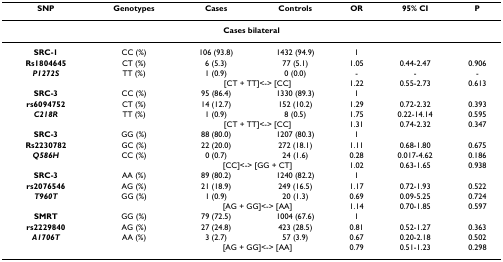
<table><thead><tr><td><b>SNP</b></td><td><b>Genotypes</b></td><td><b>Cases</b></td><td><b>Controls</b></td><td><b>OR</b></td><td><b>95% CI</b></td><td><b>P</b></td></tr></thead><tbody><tr><td colspan="7"><b>Cases bilateral</b></td></tr><tr><td><b>SRC-1</b></td><td>CC (%)</td><td>106 (93.8)</td><td>1432 (94.9)</td><td>1</td><td></td><td></td></tr><tr><td><b>Rs1804645</b></td><td>CT (%)</td><td>6 (5.3)</td><td>77 (5.1)</td><td>1.05</td><td>0.44-2.47</td><td>0.906</td></tr><tr><td><b><i>P1272S</i></b></td><td>TT (%)</td><td>1 (0.9)</td><td>0 (0.0)</td><td>-</td><td>-</td><td>-</td></tr><tr><td></td><td></td><td colspan="2">[CT + TT]&lt;-&gt; [CC]</td><td>1.22</td><td>0.55-2.73</td><td>0.613</td></tr><tr><td><b>SRC-3</b></td><td>CC (%)</td><td>95 (86.4)</td><td>1330 (89.3)</td><td>1</td><td></td><td></td></tr><tr><td><b>rs6094752</b></td><td>CT (%)</td><td>14 (12.7)</td><td>152 (10.2)</td><td>1.29</td><td>0.72-2.32</td><td>0.393</td></tr><tr><td><b><i>C218R</i></b></td><td>TT (%)</td><td>1 (0.9)</td><td>8 (0.5)</td><td>1.75</td><td>0.22-14.14</td><td>0.595</td></tr><tr><td></td><td></td><td colspan="2">[CT + TT]&lt;-&gt; [CC]</td><td>1.31</td><td>0.74-2.32</td><td>0.347</td></tr><tr><td><b>SRC-3</b></td><td>GG (%)</td><td>88 (80.0)</td><td>1207 (80.3)</td><td>1</td><td></td><td></td></tr><tr><td><b>Rs2230782</b></td><td>GC (%)</td><td>22 (20.0)</td><td>272 (18.1)</td><td>1.11</td><td>0.68-1.80</td><td>0.675</td></tr><tr><td><b><i>Q586H</i></b></td><td>CC (%)</td><td>0 (0.7)</td><td>24 (1.6)</td><td>0.28</td><td>0.017-4.62</td><td>0.186</td></tr><tr><td></td><td></td><td colspan="2">[CC]&lt;-&gt; [GG + CT]</td><td>1.02</td><td>0.63-1.65</td><td>0.938</td></tr><tr><td><b>SRC-3</b></td><td>AA (%)</td><td>89 (80.2)</td><td>1240 (82.2)</td><td>1</td><td></td><td></td></tr><tr><td><b>rs2076546</b></td><td>AG (%)</td><td>21 (18.9)</td><td>249 (16.5)</td><td>1.17</td><td>0.72-1.93</td><td>0.522</td></tr><tr><td><b><i>T960T</i></b></td><td>GG (%)</td><td>1 (0.9)</td><td>20 (1.3)</td><td>0.69</td><td>0.09-5.25</td><td>0.724</td></tr><tr><td></td><td></td><td colspan="2">[AG + GG]&lt;-&gt; [AA]</td><td>1.14</td><td>0.70-1.85</td><td>0.597</td></tr><tr><td><b>SMRT</b></td><td>GG (%)</td><td>79 (72.5)</td><td>1004 (67.6)</td><td>1</td><td></td><td></td></tr><tr><td><b>rs2229840</b></td><td>AG (%)</td><td>27 (24.8)</td><td>423 (28.5)</td><td>0.81</td><td>0.52-1.27</td><td>0.363</td></tr><tr><td><b><i>A1706T</i></b></td><td>AA (%)</td><td>3 (2.7)</td><td>57 (3.9)</td><td>0.67</td><td>0.20-2.18</td><td>0.502</td></tr><tr><td></td><td></td><td colspan="2">[AG + GG]&lt;-&gt; [AA]</td><td>0.79</td><td>0.51-1.23</td><td>0.298</td></tr></tbody></table>